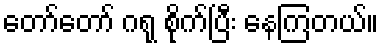
တော်တော် ဂရု စိုက်ပြီး နေကြတယ်။